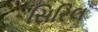
સિરિલ